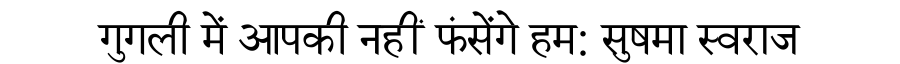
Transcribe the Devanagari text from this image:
गुगली में आपकी नहीं फंसेंगे हम: सुषमा स्वराज